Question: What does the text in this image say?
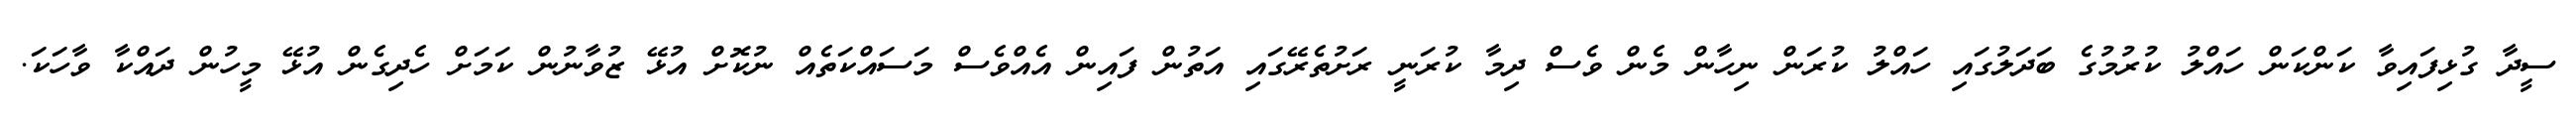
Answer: ސީދާ ގުޅިފައިވާ ކަންކަން ހައްލު ކުރުމުގެ ބަދަލުގައި ހައްލު ކުރަން ނިހާން މެން ވެސް ދިމާ ކުރަނީ ރަށުތެރޭގައި އަތުން ފައިން އެއްވެސް މަސައްކަތެއް ނުކޮށް އުޅޭ ޒުވާނުން ކަމަށް ހެދިގެން އުޅޭ މީހުން ދައްކާ ވާހަކަ.